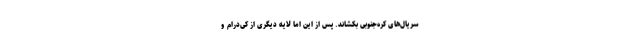
سریال‌های کره‌جنوبی بکشاند. پس از این اما لایه دیگری از کی‌درام و